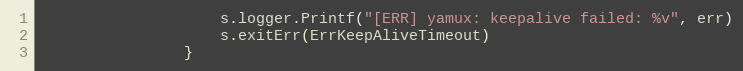
Language: Go
					s.logger.Printf("[ERR] yamux: keepalive failed: %v", err)
					s.exitErr(ErrKeepAliveTimeout)
				}